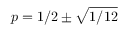
p = 1 / 2 \pm { \sqrt { 1 / 1 2 } }